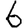
Digit: 6